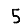
Digit: 5